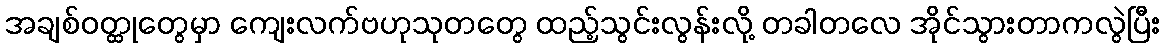
အချစ်ဝတ္ထုတွေမှာ ကျေးလက်ဗဟုသုတတွေ ထည့်သွင်းလွန်းလို့ တခါတလေ အိုင်သွားတာကလွဲပြီး